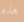
هذه